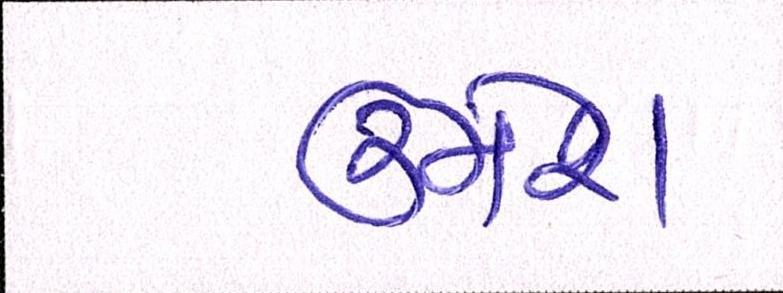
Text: ઉમેશ